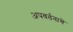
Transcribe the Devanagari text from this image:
अपवर्तनाचे